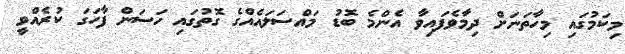
މިކަމުގައި މިހާތަނަށް ދިމާވެފައިވާ އެންމެ ބޮޑު މައްސަލައެއްގެ ގޮތުގައި ހަސަން ފާހަގަ ކުރެއްވީ